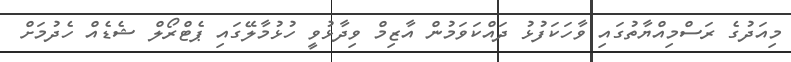
މިއަދުގެ ރަސްމިއްޔާތުގައި ވާހަކަފުޅު ދައްކަވަމުން އާޒިމް ވިދާޅުވީ ހުޅުމާލޭގައި ޕެޓްރޯލް ޝެޑެއް ހެދުމަށް